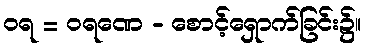
ဝရ = ဝရဏေ - စောင့်ရှောက်ခြင်း၌။